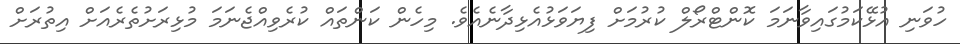
ހުވަނި އުޅޭކަމުގައިވާނަމަ ކޮންޓްރޯލް ކުރުމަށް ފިޔަވަޅުއެޅިދާނެއެވެ. މިހެން ކަންތައް ކުރެވިއްޖެނަމަ މުޅިރަށުތެރެއަށް އިތުރަށް